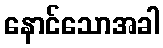
နောင်သောအခါ